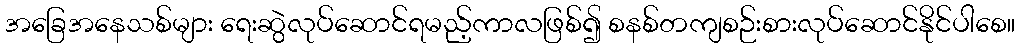
အခြေအနေသစ်များ ရေးဆွဲလုပ်ဆောင်ရမည့်ကာလဖြစ်၍ စနစ်တကျစဉ်းစားလုပ်ဆောင်နိုင်ပါစေ။